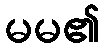
မမ၏